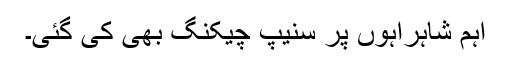
اہم شاہراہوں پر سنیپ چیکنگ بھی کی گئی۔